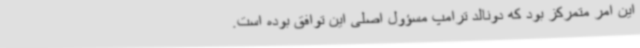
این امر متمرکز بود که دونالد ترامپ مسؤول اصلی این توافق بوده است.